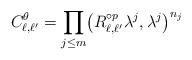
LaTeX: \begin{align*}C^\theta_{\ell,\ell'}=\prod_{j\leq m}\bigl( R_{\ell,\ell'}^{\circ p} \lambda^j,\lambda^j \bigr)^{n_j}\end{align*}